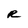
Character: R